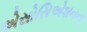
એસોસિએશનના